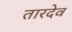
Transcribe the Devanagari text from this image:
तारदेव